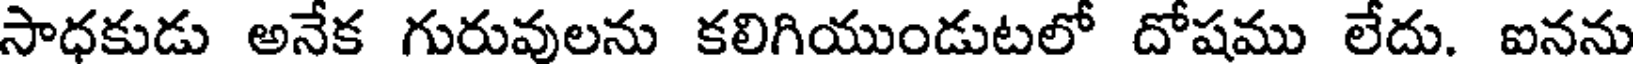
సాధకుడు అనేక గురువులను కలిగియుండుటలో దోషము లేదు. ఐనను